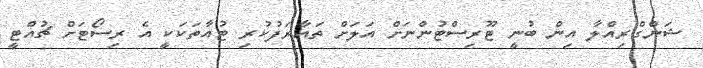
ޝަންގްރިއްލާ އިން ބުނީ ޓޫރިސްޓުންނަށް އަލަށް ތައާރަފުކުރި ޓުއާތަކަކީ އެ ރިސޯޓަށް ޗުއްޓީ